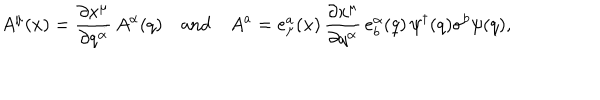
A ^ { \mu } ( x ) = \frac { \partial x ^ { \mu } } { \partial q ^ { \alpha } } \, A ^ { \alpha } ( q ) \quad \mathrm { a n d } \quad A ^ { a } = e _ { \mu } ^ { a } ( x ) \, \frac { \partial x ^ { \mu } } { \partial q ^ { \alpha } } \, e _ { b } ^ { \alpha } ( q ) \, \psi ^ { \dagger } ( q ) \sigma ^ { b } \psi ( q ) ,